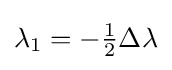
\lambda _{1}=-{\tfrac {1}{2}}\Delta \lambda